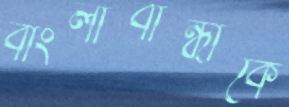
বাংলাবান্ধাকে